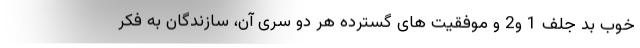
خوب بد جلف 1 و2 و موفقیت های گسترده هر دو سری آن، سازندگان به فکر